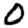
Digit: 0